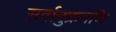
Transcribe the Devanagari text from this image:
सर्वानुक्रमणि